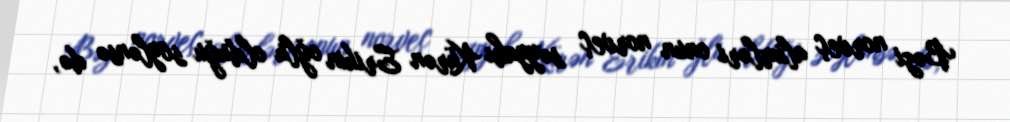
Bəzi norveç alimləri onun norveç səyyahı Kürən Erikin oğlu olduğu söylənsə də,